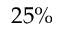
2 5 \%